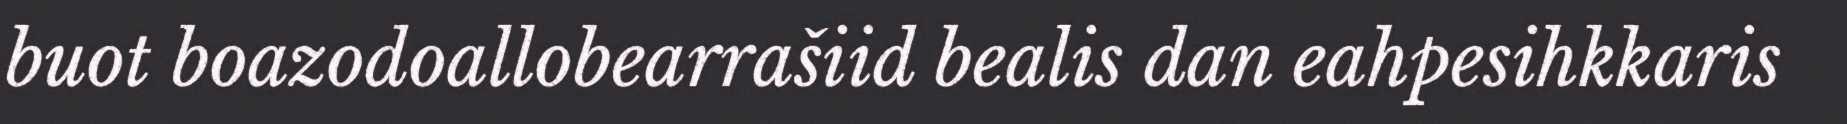
buot boazodoallobearrašiid bealis dan eahpesihkkaris